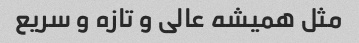
مثل همیشه عالی و تازه و سریع